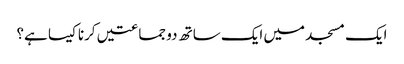
ایک مسجد میں ایک ساتھ دو جماعتیں کرنا کیسا ہے؟